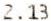
2.13